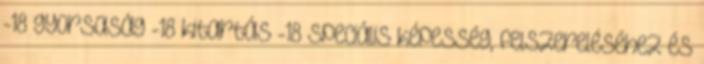
-18 gyorsaság -18 kitartás -18 speciális képesség, felszereléséhez és